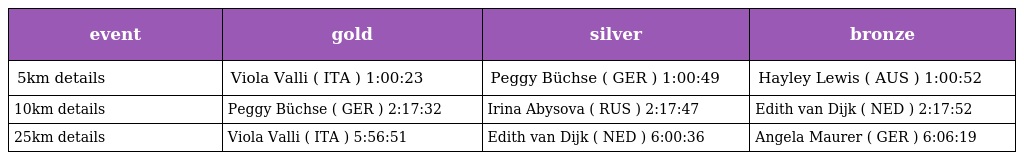
| event | gold | silver | bronze |
 | --- | --- | --- | --- |
 | 5km details | Viola Valli ( ITA ) 1:00:23 | Peggy Büchse ( GER ) 1:00:49 | Hayley Lewis ( AUS ) 1:00:52 |
 | 10km details | Peggy Büchse ( GER ) 2:17:32 | Irina Abysova ( RUS ) 2:17:47 | Edith van Dijk ( NED ) 2:17:52 |
 | 25km details | Viola Valli ( ITA ) 5:56:51 | Edith van Dijk ( NED ) 6:00:36 | Angela Maurer ( GER ) 6:06:19 |